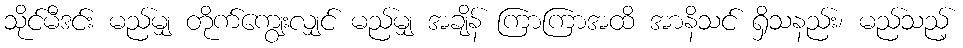
သိုင်မီဒင်း မည်မျှ တိုက်ကျွေးလျှင် မည်မျှ အချိန် ကြာကြာအထိ အာနိသင် ရှိသနည်း၊ မည်သည့်